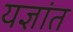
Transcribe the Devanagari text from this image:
यज्ञांत